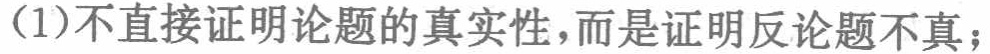
(1)不直接证明论题的真实性，而是证明反论题不真；